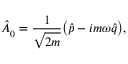
\hat { A } _ { 0 } ^ { \phantom { \dagger } } = \frac { 1 } { \sqrt { 2 m } } \big ( \hat { p } - i m \omega \hat { q } \big ) ,